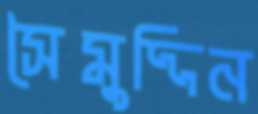
সৈমুদ্দিন